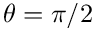
\theta = \pi / 2